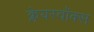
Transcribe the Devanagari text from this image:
क्लेयरवॉक्स